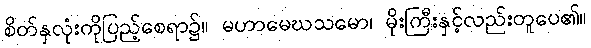
စိတ်နှလုံးကိုပြည့်စေရာ၌။ မဟာမေဃသမော၊ မိုးကြီးနှင့်လည်းတူပေ၏။